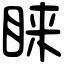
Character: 睐